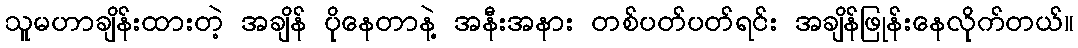
သူမဟာချိန်းထားတဲ့ အချိန် ပိုနေတာနဲ့ အနီးအနား တစ်ပတ်ပတ်ရင်း အချိန်ဖြုန်းနေလိုက်တယ်။